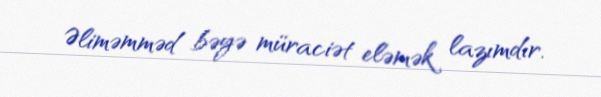
Əliməmməd bəyə müraciət eləmək lazımdır.